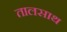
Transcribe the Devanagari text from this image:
तालसाथ